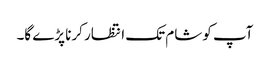
آپ کو شام تک انتظار کرنا پڑے گا۔